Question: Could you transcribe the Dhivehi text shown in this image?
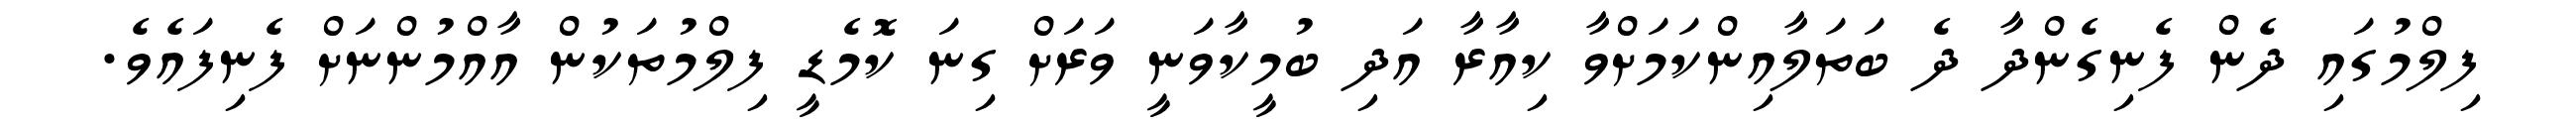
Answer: ފިލްމުގައި ދެން ފެނިގެންދާ ދެ ބަތަލާއިންކަމަށްވާ ކިއާރާ އަދި ބުމީކާވަނީ ވަރަށް ގިނަ ކޮމެޑީ ފިލްމުތަކުން އާއްމުންނަށް ފެނިފައެވެ.